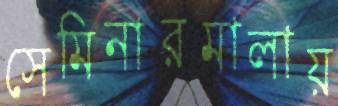
সেমিনারমালায়